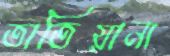
তাতিয়ানা